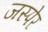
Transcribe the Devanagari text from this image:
जस्पेर